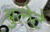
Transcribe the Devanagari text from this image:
बुलेटे